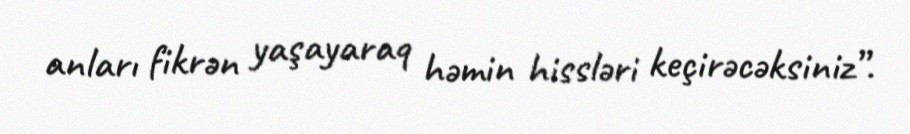
anları fikrən yaşayaraq həmin hissləri keçirəcəksiniz”.